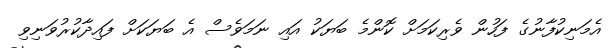
އެމަނިކުފާނުގެ ފަހުން ވެރިކަމަށް ކޮންމެ ބަޔަކު އައި ނަމަވެސް އެ ބަޔަކަށް ފައިދާކުރުވަނިވި